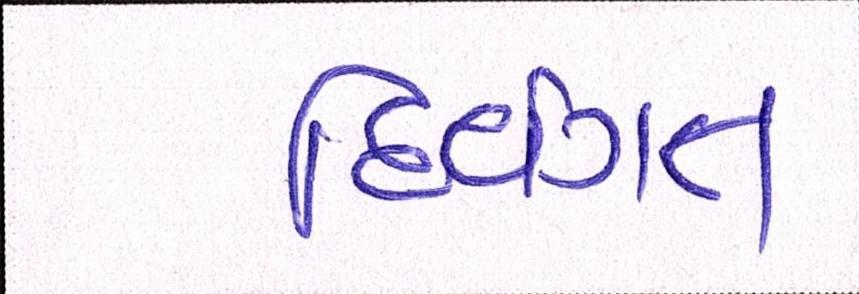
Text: દિવંગત